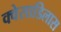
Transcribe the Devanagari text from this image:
क्वेसाडिलास